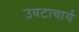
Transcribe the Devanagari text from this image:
उवटाचार्य